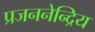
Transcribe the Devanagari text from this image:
प्रजननेन्द्रिय